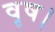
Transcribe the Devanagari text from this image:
वृष।